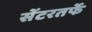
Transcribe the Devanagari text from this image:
सेंटरतर्फे